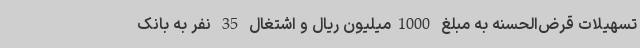
تسهیلات قرض‌الحسنه به مبلغ 1000میلیون ریال و اشتغال 35 نفر به بانک